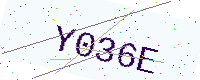
Text: Y036E